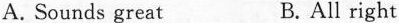
A. Sounds great B. All right